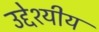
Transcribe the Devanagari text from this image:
उद्देश्यीय